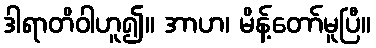
ဒါရာတိဝါဟူ၍။ အာဟ၊ မိန့်တော်မူပြီ။